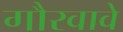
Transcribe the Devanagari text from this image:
गौरवावे